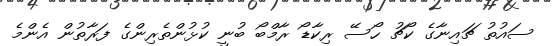
ސައުތު ޗައިނާގެ ކޯޗު ހޯސޭ ރިކާޑޯ ރާމްބޯ ބުނީ ކުޅުންތެރިންގެ ފަރާތުން އެންމެ